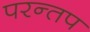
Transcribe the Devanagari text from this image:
परन्तप